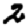
Digit: 2